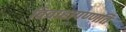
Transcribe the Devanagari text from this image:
विवाहापण्णति